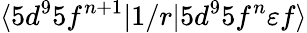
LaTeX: \langle 5d^{9}5f^{n+1}|1/r|5d^{9}5f^{n}\varepsilon{f}\rangle